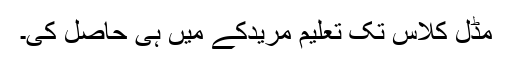
مڈل کلاس تک تعلیم مریدکے میں ہی حاصل کی۔